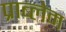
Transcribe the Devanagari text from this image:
प्राब्लेम